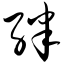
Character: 绊